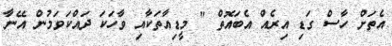
އެތަށް ހާސް ގަޑި އިރެއް އެބައޮތް " މީޑިއާތަކާއި ވާހަކަ ދައްކަވަމުން އޭނާ